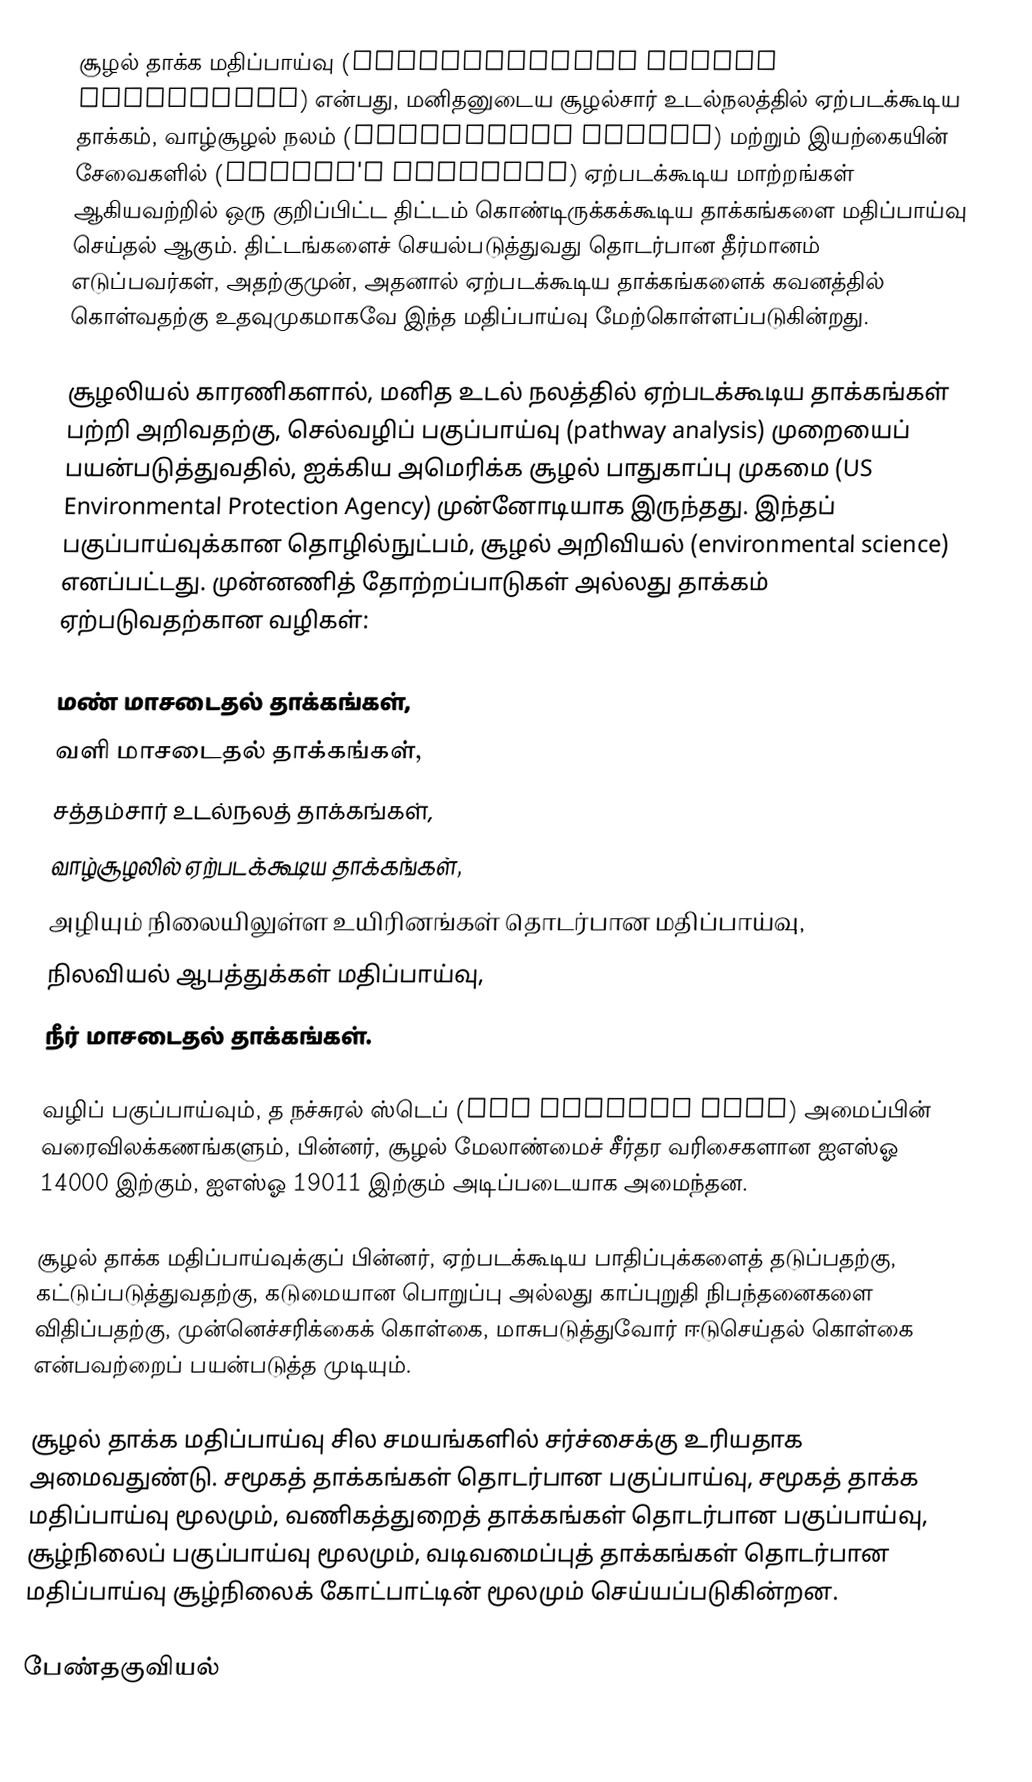
சூழல் தாக்க மதிப்பாய்வு (Environmental impact assessment) என்பது, மனிதனுடைய சூழல்சார் உடல்நலத்தில் ஏற்படக்கூடிய தாக்கம், வாழ்சூழல் நலம் (ecological health) மற்றும் இயற்கையின் சேவைகளில் (nature's services) ஏற்படக்கூடிய மாற்றங்கள் ஆகியவற்றில் ஒரு குறிப்பிட்ட திட்டம் கொண்டிருக்கக்கூடிய தாக்கங்களை மதிப்பாய்வு செய்தல் ஆகும். திட்டங்களைச் செயல்படுத்துவது தொடர்பான தீர்மானம் எடுப்பவர்கள், அதற்குமுன், அதனால் ஏற்படக்கூடிய தாக்கங்களைக் கவனத்தில் கொள்வதற்கு உதவுமுகமாகவே இந்த மதிப்பாய்வு மேற்கொள்ளப்படுகின்றது.

சூழலியல் காரணிகளால், மனித உடல் நலத்தில் ஏற்படக்கூடிய தாக்கங்கள் பற்றி அறிவதற்கு, செல்வழிப் பகுப்பாய்வு (pathway analysis) முறையைப் பயன்படுத்துவதில், ஐக்கிய அமெரிக்க சூழல் பாதுகாப்பு முகமை (US Environmental Protection Agency) முன்னோடியாக இருந்தது. இந்தப் பகுப்பாய்வுக்கான தொழில்நுட்பம், சூழல் அறிவியல் (environmental science) எனப்பட்டது. முன்னணித் தோற்றப்பாடுகள் அல்லது தாக்கம் ஏற்படுவதற்கான வழிகள்:

 மண் மாசடைதல் தாக்கங்கள்,
 வளி மாசடைதல் தாக்கங்கள்,
 சத்தம்சார் உடல்நலத் தாக்கங்கள்,
 வாழ்சூழலில் ஏற்படக்கூடிய தாக்கங்கள்,
 அழியும் நிலையிலுள்ள உயிரினங்கள் தொடர்பான மதிப்பாய்வு,
 நிலவியல் ஆபத்துக்கள் மதிப்பாய்வு,
 நீர் மாசடைதல் தாக்கங்கள்.

வழிப் பகுப்பாய்வும், த நச்சுரல் ஸ்டெப் (The Natural Step) அமைப்பின் வரைவிலக்கணங்களும், பின்னர், சூழல் மேலாண்மைச் சீர்தர வரிசைகளான ஐஎஸ்ஓ 14000 இற்கும், ஐஎஸ்ஓ 19011 இற்கும் அடிப்படையாக அமைந்தன.

சூழல் தாக்க மதிப்பாய்வுக்குப் பின்னர், ஏற்படக்கூடிய பாதிப்புக்களைத் தடுப்பதற்கு, கட்டுப்படுத்துவதற்கு, கடுமையான பொறுப்பு அல்லது காப்புறுதி நிபந்தனைகளை விதிப்பதற்கு, முன்னெச்சரிக்கைக் கொள்கை, மாசுபடுத்துவோர் ஈடுசெய்தல் கொள்கை என்பவற்றைப் பயன்படுத்த முடியும்.

சூழல் தாக்க மதிப்பாய்வு சில சமயங்களில் சர்ச்சைக்கு உரியதாக அமைவதுண்டு. சமூகத் தாக்கங்கள் தொடர்பான பகுப்பாய்வு, சமூகத் தாக்க மதிப்பாய்வு மூலமும், வணிகத்துறைத் தாக்கங்கள் தொடர்பான பகுப்பாய்வு, சூழ்நிலைப் பகுப்பாய்வு மூலமும், வடிவமைப்புத் தாக்கங்கள் தொடர்பான மதிப்பாய்வு சூழ்நிலைக் கோட்பாட்டின் மூலமும் செய்யப்படுகின்றன.

பேண்தகுவியல்